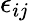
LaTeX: \epsilon_{ij}